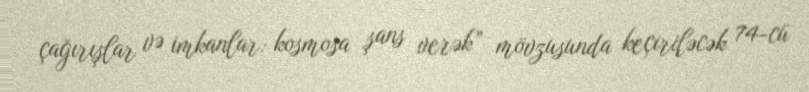
çağırışlar və imkanlar: kosmosa şans verək” mövzusunda keçiriləcək 74-cü